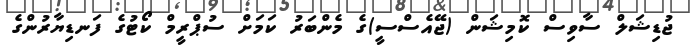
ޖުޑިޝަލް ސާވިސް ކޮމިޝަން (ޖޭއެސްސީ)ގެ މެންބަރު ކަމަށް ސުޕްރީމް ކޯޓުގެ ފަނޑިޔާރުންގެ